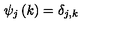
\psi _ { j } \left( k \right) = \delta _ { j , k }